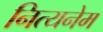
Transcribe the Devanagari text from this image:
नित्यनेम